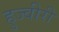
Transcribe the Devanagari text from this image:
हुज्वीरी